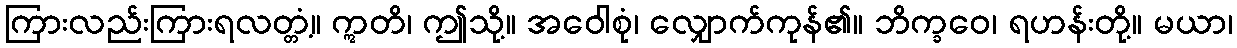
ကြားလည်းကြားရလတ္တံ့။ ဣတိ၊ ဤသို့။ အဝေါစုံ၊ လျှောက်ကုန်၏။ ဘိက္ခဝေ၊ ရဟန်းတို့။ မယာ၊